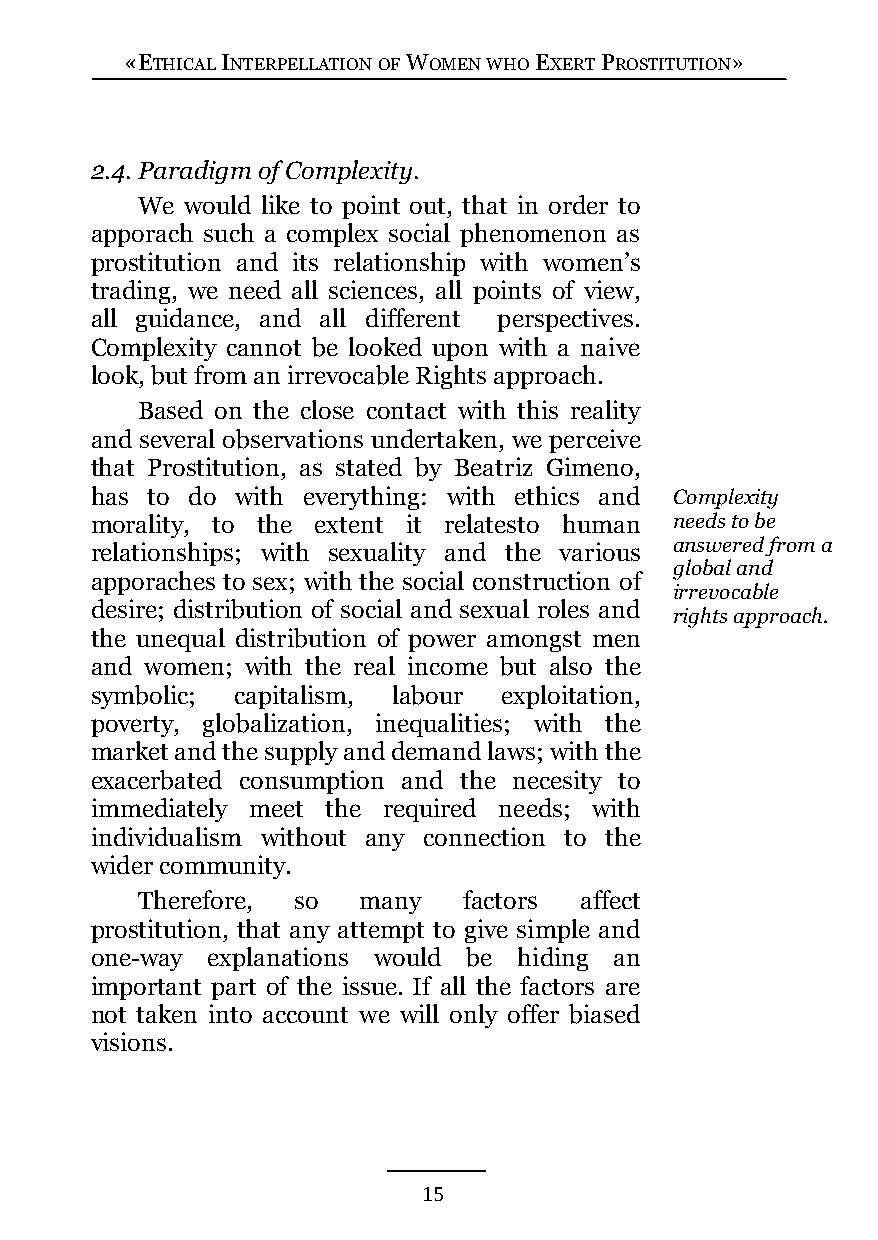
«ETHICAL INTERPELLATION OF WOMEN WHO EXERT PROSTITUTION»
 2.4. Paradigm of Complexity.
 We would like to point out, that in order to
 apporach such a complex social phenomenon as
 prostitution and its relationship with women’s
 trading, we need all sciences, all points of view,
 all guidance, and all different perspectives.
 Complexity cannot be looked upon with a naive
 look, but from an irrevocable Rights approach.
 Based on the close contact with this reality
 and several observations undertaken, we perceive
 that Prostitution, as stated by Beatriz Gimeno,
 has to do with everything: with ethics and Complexity
 morality, to the extent it relatesto human needs to be
 answered from a
 relationships; with sexuality and the various
 global and
 apporaches to sex; with the social construction of
 irrevocable
 desire; distribution of social and sexual roles and
 rights approach.
 the unequal distribution of power amongst men
 and women; with the real income but also the
 symbolic; capitalism, labour exploitation,
 poverty, globalization, inequalities; with the
 market and the supply and demand laws; with the
 exacerbated consumption and the necesity to
 immediately meet the required needs; with
 individualism without any connection to the
 wider community.
 Therefore, so  many   factors affect
 prostitution, that any attempt to give simple and
 one-way explanations would be hiding an
 important part of the issue. If all the factors are
 not taken into account we will only offer biased
 visions.
 15